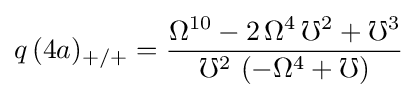
q\,{(4a)_{+/+}}={\frac {{\Omega }^{10}-2\,{\Omega }^{4}\,{\mho }^{2}+{\mho }^{3}}{{\mho }^{2}\,\left(-{\Omega }^{4}+\mho \right)}}